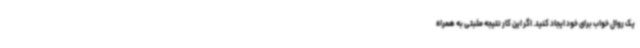
یک روال خواب برای خود ایجاد کنید. اگر این کار نتیجه مثبتی به همراه